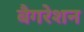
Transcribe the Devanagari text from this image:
बैगरेशन